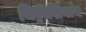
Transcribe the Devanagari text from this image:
चिठ्ठीशिवाय